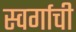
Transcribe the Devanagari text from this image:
स्वर्गाची